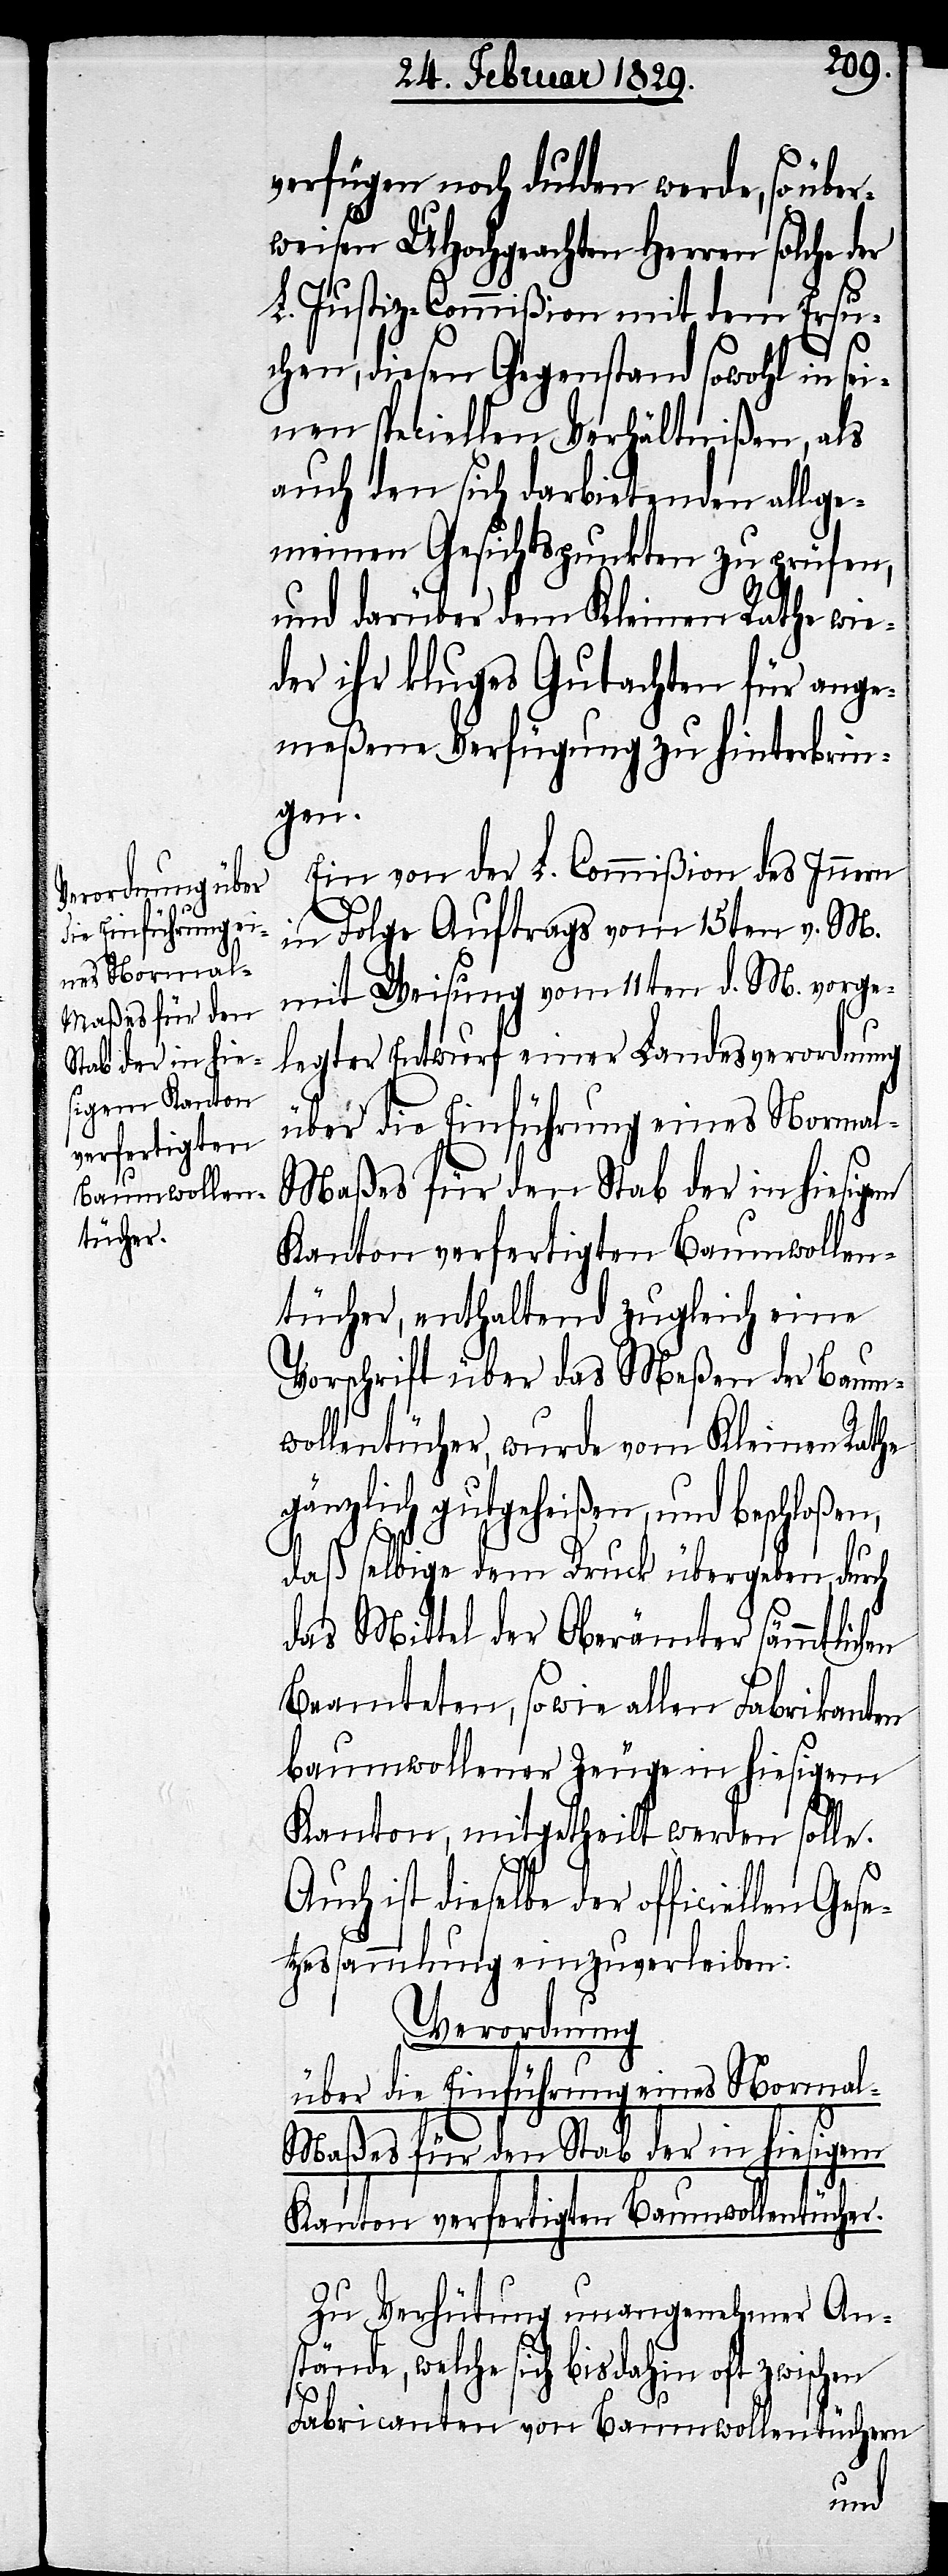
l-Maßes für den
Stab der in hie¬
sigem Kanton
verfertigten
Baumwollen¬
tücher.

verfügen noch dulden werde, so über¬
weisen UHochgeachten Herren solche der
L. Justiz-Commißion mit dem Ersu¬
chen, diesen Gegenstand sowohl in se¬
inen speciellen Verhältnißen, als
auch den sich darbietenden allge¬
meinen Gesichtspunkten zu prüfen,
und darüber dem Kleinen Rathe wie¬
der ihr kluges Gutachten für ange¬
meßene Verfügung zu hinterbrin¬
gen.
Ein von der L. Commißion des Innern
in Folge Auftrags vom 15ten v. M.
mit Weisung vom 11ten d. M. vorge¬
legter Entwurf einer Landesverordnung
über die Einführung eines Norma¬
l-Maßes für den Stab der in hiesigem
Kanton verfertigten Baumwollen¬
tücher, enthaltend zugleich eine
Vorschrift über das Meßen der Baum¬
wollentücher, wurde vom Kleinen Rathe
gänzlich gutgeheißen, und beschloßen,
Gese¬
daß selbige dem Druck übergeben, durch
das Mittel der Oberämter sämmtlich¬
Beamteten, sowie allen Fabrikanten
baumwollener Zeuge in hiesigem
Kanton, mitgetheilt werden solle.
Auch ist dieselbe der officiellen
tzessammlung einzuverleiben:
Verordnung
Zu Verhütung unangenehmer Ans¬
tände, welche sich bis dahin oft zwischen
Fabricanten von Baumwollentüchern